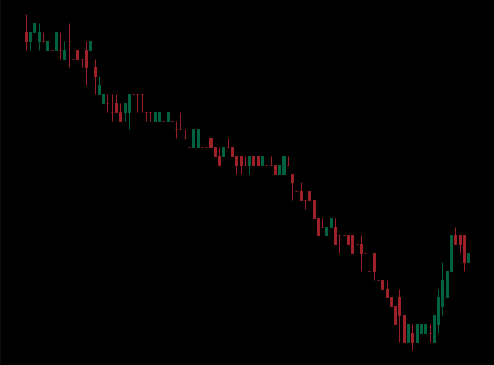
Pattern: bull_flag